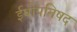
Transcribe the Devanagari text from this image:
ईषोपनिषद